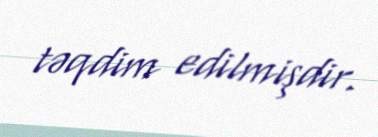
təqdim edilmişdir.